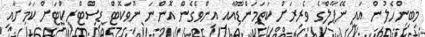
މިބިންހެލުން އައީ ނޭޕާލްގެ ވެރިރަށް ކަތަމަންޑޫއާއި އިންވެގެން އޮންނަ ނޫވަކޮޓް ޑިސްޓްރިކްޓަށް ކަމަށާއި